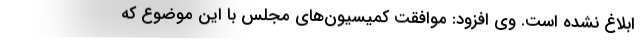
ابلاغ نشده است. وی افزود: موافقت کمیسیون‌های مجلس با این موضوع که